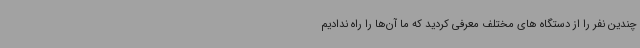
چندین نفر را از دستگاه های مختلف معرفی کردید که ما آن‌ها را راه ندادیم